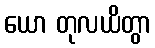
ယော တုလယိတွာ